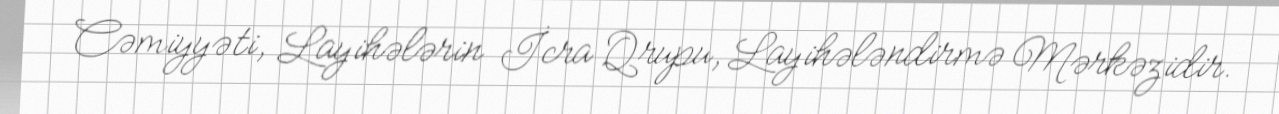
Cəmiyyəti, Layihələrin İcra Qrupu, Layihələndirmə Mərkəzidir.